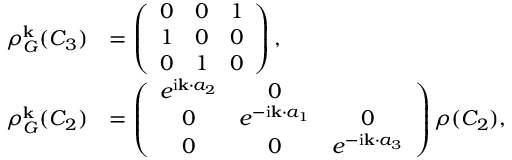
\begin{array} { r l } { \rho _ { G } ^ { \bf k } ( C _ { 3 } ) } & { = \left( \begin{array} { c c c } { 0 } & { 0 } & { 1 } \\ { 1 } & { 0 } & { 0 } \\ { 0 } & { 1 } & { 0 } \end{array} \right) , } \\ { \rho _ { G } ^ { \bf k } ( C _ { 2 } ) } & { = \left( \begin{array} { c c c } { e ^ { \mathrm { i } { \bf k } \cdot { a } _ { 2 } } } & { 0 } \\ { 0 } & { e ^ { - \mathrm { i } { \bf k } \cdot { a } _ { 1 } } } & { 0 } \\ { 0 } & { 0 } & { e ^ { - \mathrm { i } { \bf k } \cdot { a } _ { 3 } } } \end{array} \right) \rho ( C _ { 2 } ) , } \end{array}